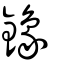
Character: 鐌